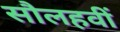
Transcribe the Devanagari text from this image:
सौलहवीं